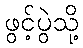
ဖွင့်ပွဲသို့